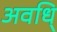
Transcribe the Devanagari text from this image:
अवधि्